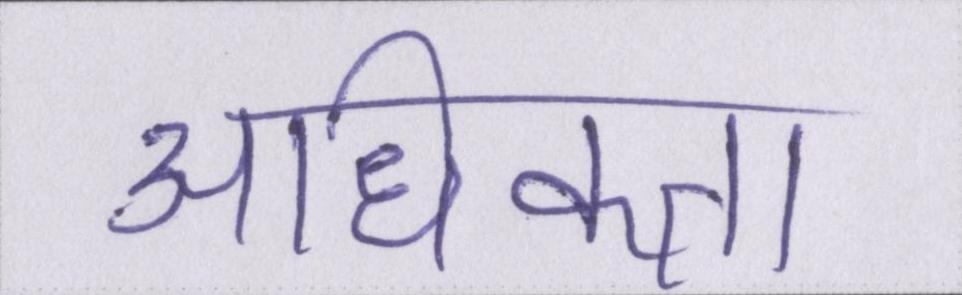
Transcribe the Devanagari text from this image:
अधिकता